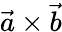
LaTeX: {\vec{a}}\times{\vec{b}}